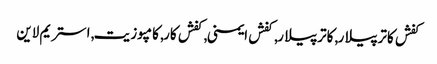
کفش کاترپیلار, کاترپیلار, کفش ایمنی, کفش کار, کامپوزیت, استریم لاین